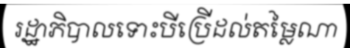
រដ្ឋាភិបាលទោះបីប្រើដល់តម្លៃណា